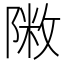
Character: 𨻖